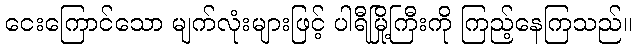
ငေးကြောင်သော မျက်လုံးများဖြင့် ပါရီမြို့ကြီးကို ကြည့်နေကြသည်။